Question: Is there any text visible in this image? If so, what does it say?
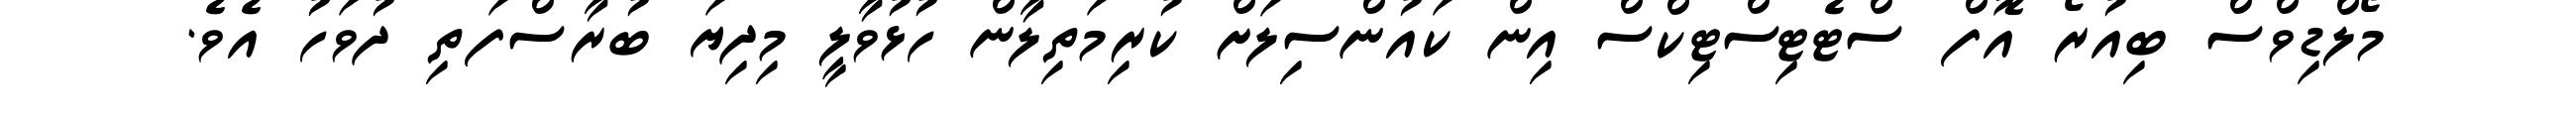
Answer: މޯލްޑިވްސް ބިއުރޯ އޮފް ސްޓެޓިސްޓިކްސް އިން ކައުންސިލަށް ކުރިމަތިލާން ހުޅުވާލީ މިދިޔަ ބުރާސްފަތި ދުވަހު އެވެ.